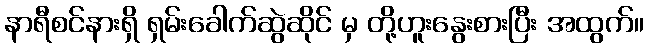
နာရီစင်နားရှိ ရှမ်းခေါက်ဆွဲဆိုင် မှ တို့ဟူးနွေးစားပြီး အထွက်။